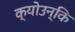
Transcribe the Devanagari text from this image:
क्योउन्कि